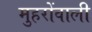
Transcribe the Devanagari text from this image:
मुहरोंवाली